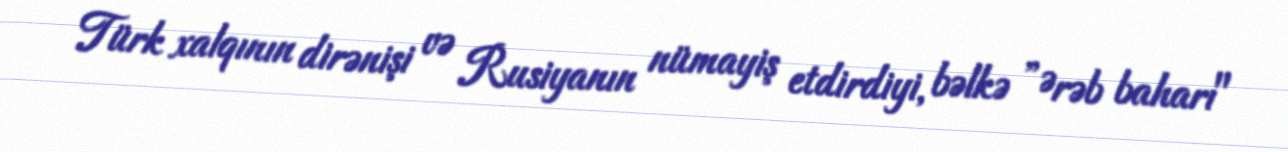
Türk xalqının dirənişi və Rusiyanın nümayiş etdirdiyi, bəlkə ”Ərəb baharı"